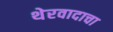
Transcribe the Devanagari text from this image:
थेरवादाचा